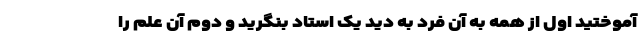
آموختید اول از همه به آن فرد به دید یک استاد بنگرید و دوم آن علم را